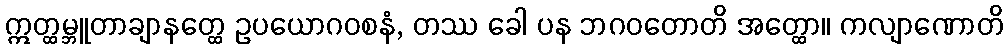
ဣတ္ထမ္ဘူတာချာနတ္ထေ ဥပယောဂဝစနံ, တဿ ခေါ ပန ဘဂဝတောတိ အတ္ထော။ ကလျာဏောတိ